Report on horse surra - Volume I
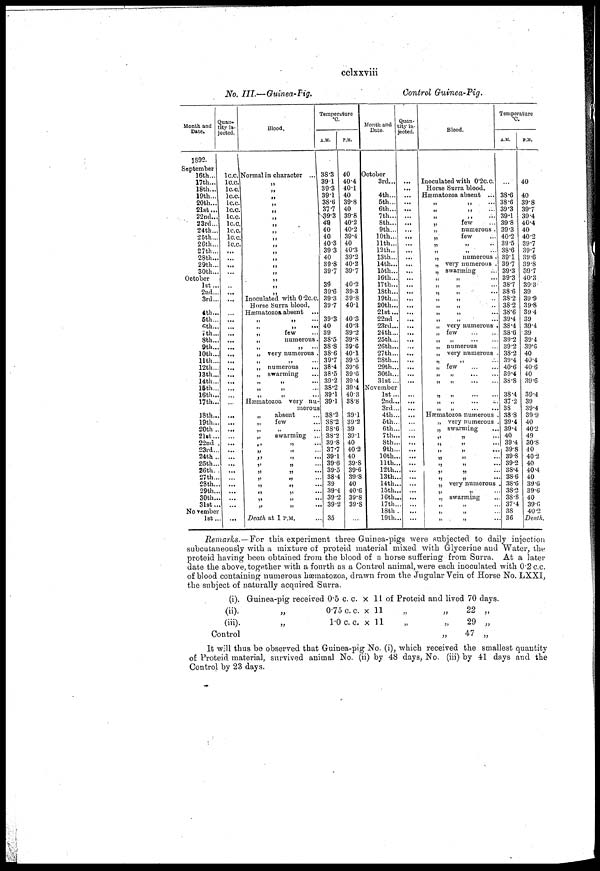
cclxxviii
No. III.—Guinea-Pig.
Control Guinea-Pig.
Month and
Date.
1892.
September
16th...
17th...
18th...
19th...
20th...
21st...
22nd...
23rd...
24th...
25th...
26th...
27th...
28th...
29th...
30th...
October
1st...
2nd...
3rd...
4th...
5th...
6th...
7th...
8th...
9th...
10th...
11th...
12th...
13th...
14th...
15th...
16th...
17th...
18th...
19th...
20th ..
21st...
22nd .
23rd...
24th ..
25th...
26th..
27th...
28th...
29th...
30th...
31st...
November
1st...
Quan¬
ity in¬
jected.
1c.c.
1c.c.
1c.c.
1c.c.
1c.c.
1c.c.
1c.c.
1c.c.
1c.c.
1c.c.
1c.c.
...
...
...
...
...
...
...
...
...
...
...
...
...
...
...
...
...
...
...
...
...
...
...
...
...
...
...
...
...
...
Blood.
Normal in character ...
„
„
„
„
„
„
„
„
„
„
„
„
„
„
„
„
„
Inoculated with 0.2c.c.
Horse Surra blood.
Hæmatozoa absent
„ „ ...
„
„
...
„
few...
„
numerous.
„ „ ...
„ very numerous .
„ „ ...
„ numerous...
„ swarming...
„ „ ...
„ „ ...
„ „ ...
Hæmatozoa very nu-
merous
„ absent...
few
...
...
„
swarming
„ „ ...
„ „ ...
„ „ ...
„ „ ...
„ „ ...
„ „ ...
„ „ ...
„ „ ...
„ „ ...
„ „ ...
Death at 1 P.M.
Temperature
°C.
A.M.
38.3
39.1
39.3
39.1
38.6
37.7
39.3
40
40
40
40.3
39.3
40
39.8
39.7
39
39.6
39.3
39.7
39.3
40
39
38.5
38.8
38.6
39.7
38.4
38.5
39.2
38.2
39.1
39.1
38.2
38.2
38.6
38.2
39.8
37.7
39.1
39.6
39.5
38.4
39
39.4
39 2
39.2
35
P.M.
40
40.4
40.1
40
39.8
40
39.8
40.2
40.2
39.4
40
40.3
39.2
40.2
39.7
40.2
39.3
39.8
40.1
40.3
40.3
39.2
39.8
39.6
40.1
39.5
39.6
39.6
39.4
39.4
40.3
38.8
39.1
39.2
39
39.1
40
40.2
40
39.8
39.6
39.8
40
40.6
39.8
39.8
...
Month and
Date.
October
3rd...
4th...
5th...
6th...
7th...
8th...
9th...
10th...
11th...
12th..
13th...
14th...
15th...
16th...
17th...
18th...
19th...
20th...
21st...
22nd .
23rd...
24th...
25th...
26th...
27th...
28th...
29th...
30th...
31st ...
November
1st...
2nd...
3rd...
4th...
5th..
6th...
7th...
8th..
9th..
10th..
11th..
12th..
13th..
14th..
15th..
16th..
17th..
18th .
19th...
Quan¬
tity in¬
jected.
...
...
...
...
...
...
...
...
...
...
...
...
...
...
...
...
...
...
...
...
...
...
...
...
...
...
...
...
...
...
...
...
...
...
...
...
...
...
...
...
...
...
...
...
...
...
...
...
Blood.
Inoculated with 0.2c.c.
Horse Surra blood.
Hæmatozoa absent ...
„ „ ...
„ „ ...
„ „ ...
„
few
„
numerous .
„
few
„
numerous .
„ very numerous .
„ swarming
„ „ ...
„ „ ...
„ „ ...
„ „ ...
„ „ ...
„ „ ...
„ „ ...
„ very numerous .
„ few
„
„
...
„ numerous
„ very numerous .
„ „ ...
„ few
„ „ ...
„ „ ...
„ „ ...
„ „ ...
„ „ ...
„ „ ...
Hæmatozoa numerous .
„ very numerous
„ swarming
„ „ ...
„ „ ...
„ „ ...
„ „ ...
„ „ ...
„ „ ...
„ „ ...
„ very numerous
„ „ ...
„ swarming
„ „ ...
„ „ ...
„ „ ...
Temperature
°C.
A.M.
...
38.6
38.6
39.3
39.1
39.8
39.3
40.2
39.5
38.6
39.1
39.7
39.3
39.3
38.7
38 6
38.2
38.2
38.6
39.4
38.4
38.6
39.2
39.2
38.2
39.4
40.6
39.4
38 .8
38.4
37.2
38
38.8
39.4
39.4
40
39.4
39.8
39.8
39.2
38.4
38.6
38.6
38.3
38.8
37.4
38
36
P.M.
40
40
39.8
39.7
39.4
40.4
40
40.2
39.7
39.7
39.6
39.8
39.7
40.3
39.3
39
39.9
39.8
39.4
39
39.4
39
39.4
39.6
40
40.4
40.6
40
39.6
39.4
39
39.4
39.9
40
40.2
49
30.8
40
40.2
40
40.4
40
39.6
39.6
40
39.6
40.2
Death.
Remarks.— For this experiment three Guinea-pigs were subjected to daily injection
subcutaneously with a mixture of proteid material mixed with Glycerine and Water, the
proteid having been obtained from the blood of a horse suffering from Surra. At a later
date the above, together with a fourth as a Control animal, were each inoculated with 0.2 c.c.
of blood containing numerous hæmatozoa, drawn from the Jugular Vein of Horse No. LXXI,
the subject of naturally acquired Surra.
(i).
(ii).
(iii).
Control
Guinea-pig received 0.5 c. c.
„
„
0.75 c. c.
1.0 c. c.
×
×
×
11 of Proteid and lived 70 days.
11
11
„
„
„
22
29
47
„
„
„
It will thus be observed that Guinea-pig No. (i), which received the smallest quantity
of Proteid material, survived animal No. (ii) by 48 days, No. (iii) by 41 days and the
Control by 23 days.